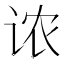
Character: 𫍦